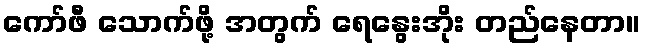
ကော်ဖီ သောက်ဖို့ အတွက် ရေနွေးအိုး တည်နေတာ။